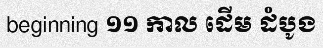
beginning ១១ កាល ដើម ដំបូង